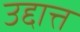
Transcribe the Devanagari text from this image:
उद्दात्त